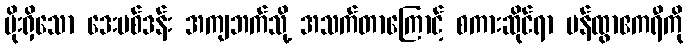
ပိုးရှိသော ဒေးဗစ်ဒန်း အကျဘက်သို့ အသက်တာကြောင့် စကားဆိုင်ရာ ပန်ထွာဧကရီကို